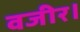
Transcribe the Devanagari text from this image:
वजीर।